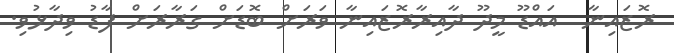
ރޮޒައިނާ  އައްޑޫ މީދޫ ދާއިރާރޮޒައިނާ ވަރަށް ބޮޑަށް ގަރާރަށް ފާޑު ވިދާޅުވި.